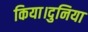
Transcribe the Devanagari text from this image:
किया।दुनिया